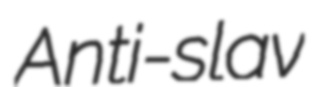
Anti-slav